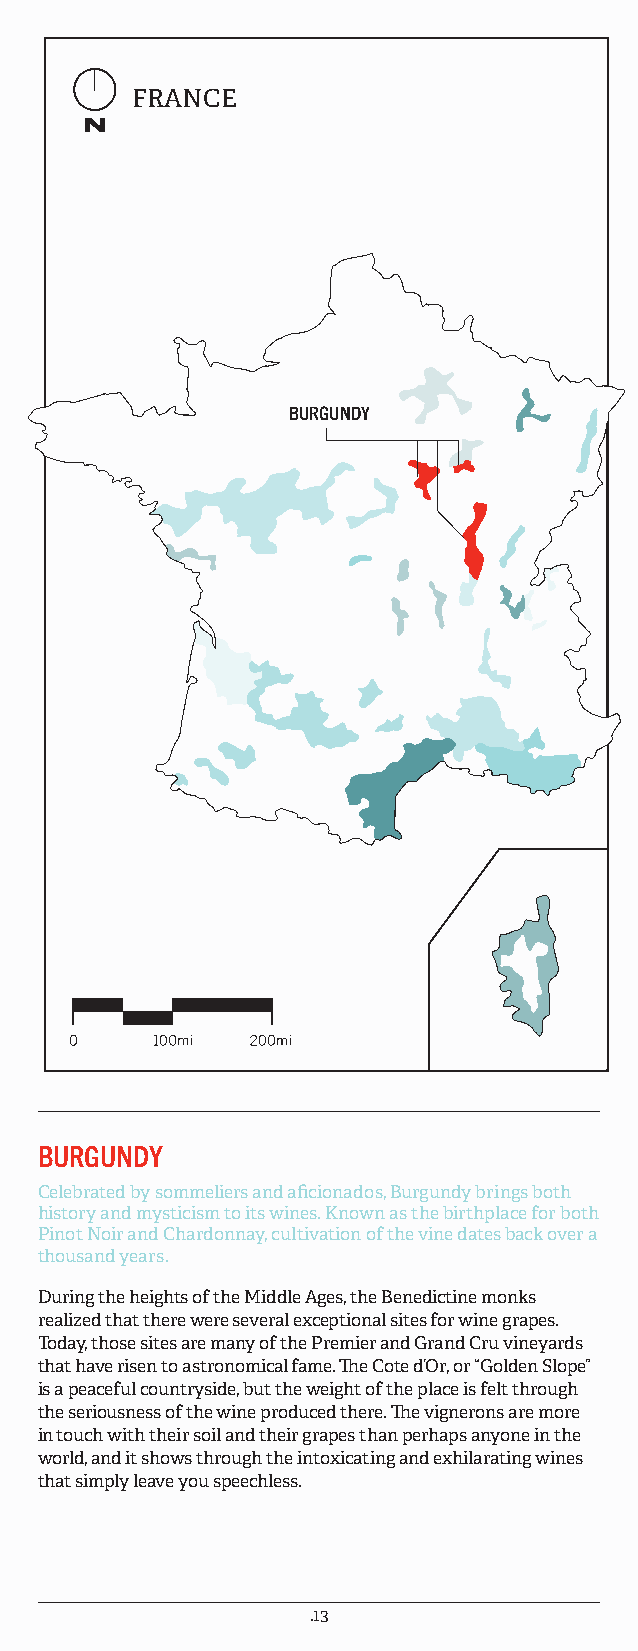
FRANCE
 BURGUNDY
 BURGUNDY
 Celebrated by sommeliers and aficionados, Burgundy brings both
 history and mysticism to its wines. Known as the birthplace for both
 Pinot Noir and Chardonnay, cultivation of the vine dates back over a
 thousand years.
 During the heights of the Middle Ages, the Benedictine monks
 realized that there were several exceptional sites for wine grapes.
 Today, those sites are many of the Premier and Grand Cru vineyards
 that have risen to astronomical fame. The Cote d’Or, or “Golden Slope”
 is a peaceful countryside, but the weight of the place is felt through
 the seriousness of the wine produced there. The vignerons are more
 in touch with their soil and their grapes than perhaps anyone in the
 world, and it shows through the intoxicating and exhilarating wines
 that simply leave you speechless.
 .13